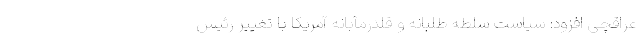
عراقچی افزود: سیاست سلطه طلبانه و قلدرمآبانه آمریکا با تغییر رئیس